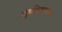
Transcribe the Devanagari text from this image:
भुषविण्याचा